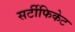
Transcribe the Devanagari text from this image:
सर्टीफिकेट